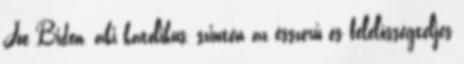
Joe Biden, aki katolikus, szintén az ésszerű és felelősségteljes